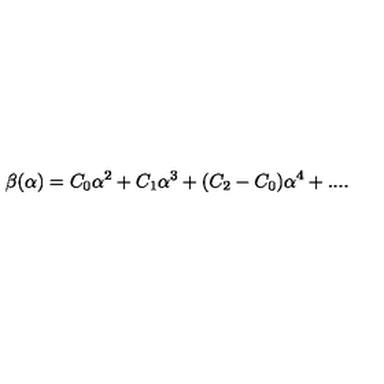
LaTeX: \beta ( \alpha ) = C _ { 0 } \alpha ^ { 2 } + C _ { 1 } \alpha ^ { 3 } + ( C _ { 2 } - C _ { 0 } ) \alpha ^ { 4 } + . . . .